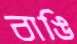
বাঙি